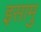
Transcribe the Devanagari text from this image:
इसामु